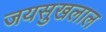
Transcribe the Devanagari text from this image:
जयसुखलाल